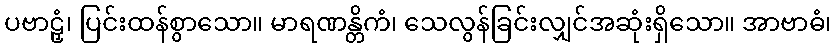
ပဗာဠှံ၊ ပြင်းထန်စွာသော။ မာရဏန္တိကံ၊ သေလွန်ခြင်းလျှင်အဆုံးရှိသော။ အာဗာဓံ၊